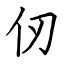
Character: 仞